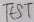
Text: TEST